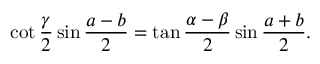
\cot { \frac { \gamma } { 2 } } \sin { \frac { a - b } { 2 } } = \tan { \frac { \alpha - \beta } { 2 } } \sin { \frac { a + b } { 2 } } .